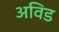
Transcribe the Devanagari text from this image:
अविड